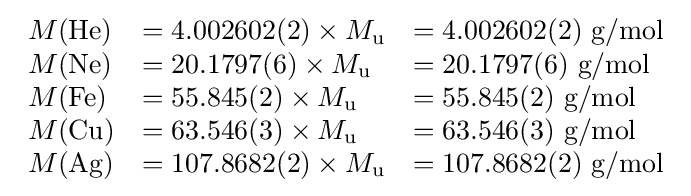
{\begin{array}{lll}M({\mathrm {He} })&=4.002602(2)\times M_{\mathrm {u} }&=4.002602(2){\text{ g/mol}}\\M({\mathrm {Ne} })&=20.1797(6)\times M_{\mathrm {u} }&=20.1797(6){\text{ g/mol}}\\M({\mathrm {Fe} })&=55.845(2)\times M_{\mathrm {u} }&=55.845(2){\text{ g/mol}}\\M({\mathrm {Cu} })&=63.546(3)\times M_{\mathrm {u} }&=63.546(3){\text{ g/mol}}\\M({\mathrm {Ag} })&=107.8682(2)\times M_{\mathrm {u} }&=107.8682(2){\text{ g/mol}}\end{array}}